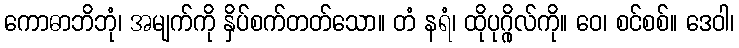
ကောဓာဘိဘုံ၊ အမျက်ကို နှိပ်စက်တတ်သော။ တံ နရံ၊ ထိုပုဂ္ဂိုလ်ကို။ ဝေ၊ စင်စစ်။ ဒေဝါ၊